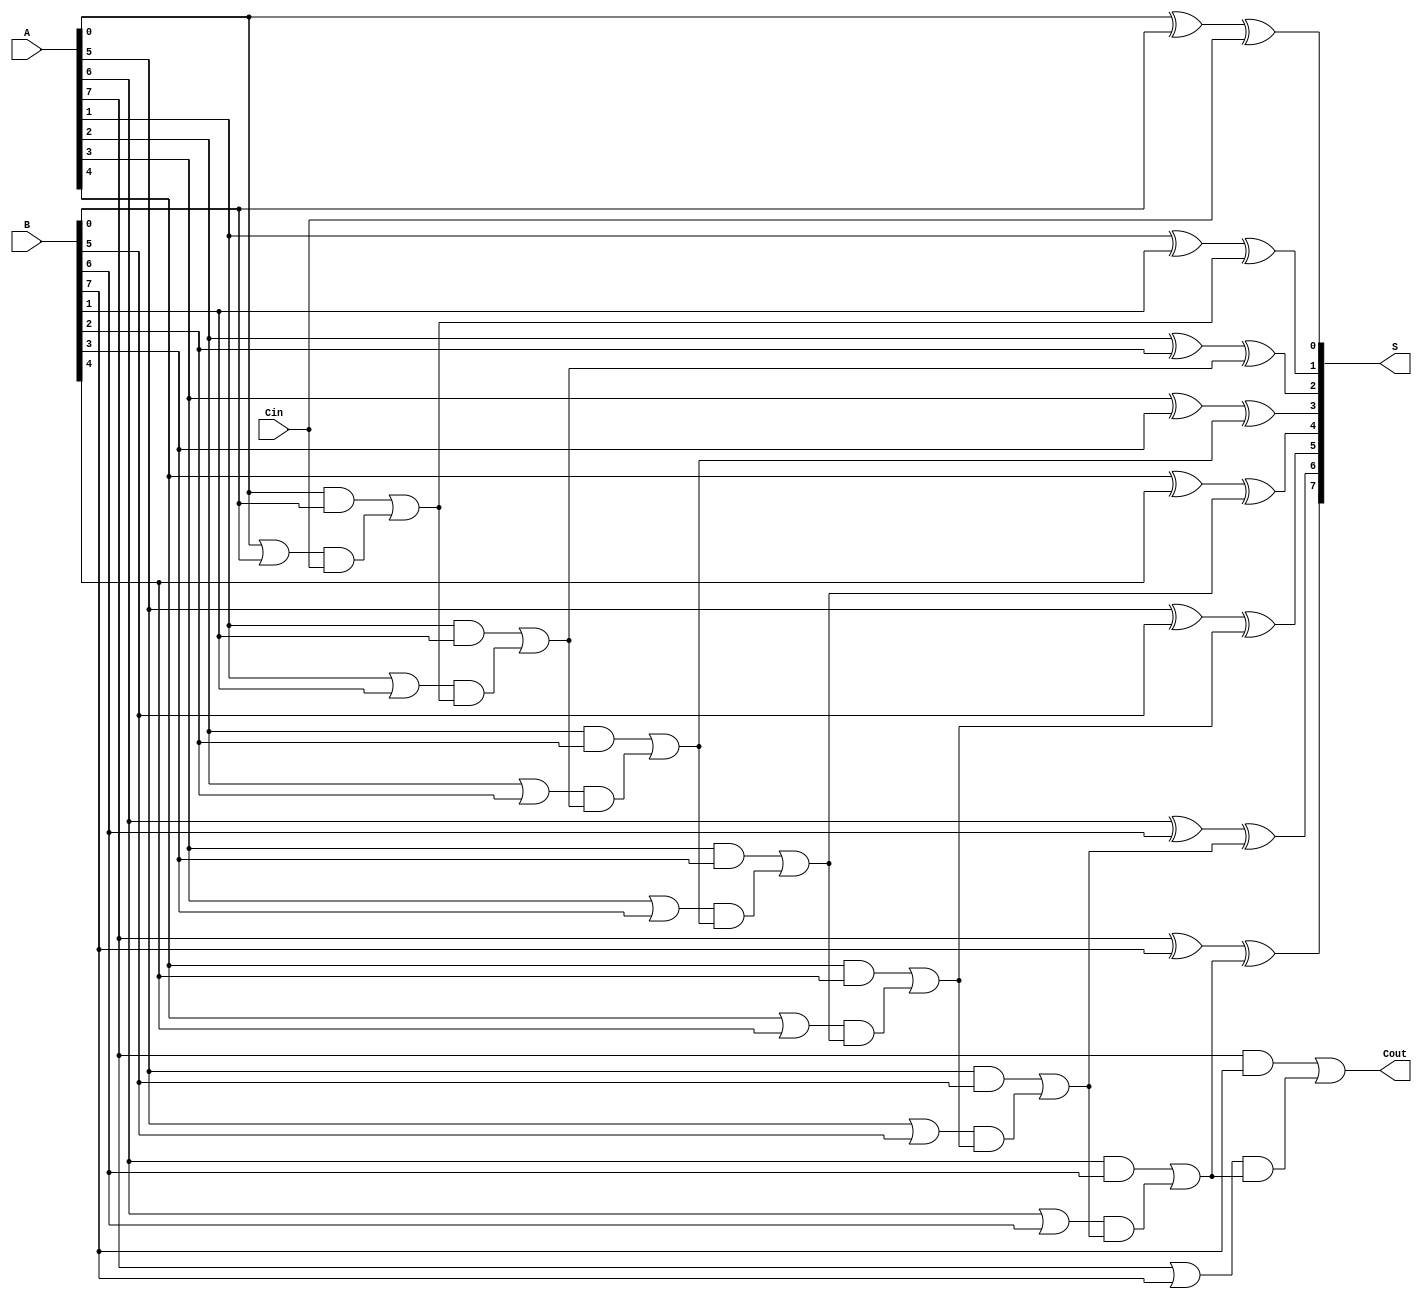
module Ling_Adder #(parameter n = 8) (
    input [n-1:0] A,        // First binary number
    input [n-1:0] B,        // Second binary number
    input Cin,              // Input carry
    output [n-1:0] S,       // Sum output
    output Cout             // Carry output
);

    // Carry, Generate, and Propagate signals
    wire [n:0] C;           // Carry signals
    wire [n-1:0] G;         // Generate signals
    wire [n-1:0] P;         // Propagate signals

    // Assign the first carry from the input carry
    assign C[0] = Cin;

    // Generate and Propagate signals
    genvar i;
    generate
        for (i = 0; i < n; i = i + 1) begin : gen_prop
            assign G[i] = A[i] & B[i];                 // Generate
            assign P[i] = A[i] | B[i];                 // Propagate
        end
    endgenerate

    // Carry calculation using lookahead logic
    generate
        for (i = 1; i <= n; i = i + 1) begin : carry_logic
            assign C[i] = G[i-1] | (P[i-1] & C[i-1]); // Carry
        end
    endgenerate

    // Sum calculation
    generate
        for (i = 0; i < n; i = i + 1) begin : sum_logic
            assign S[i] = A[i] ^ B[i] ^ C[i];         // Sum
        end
    endgenerate

    // Final carry output
    assign Cout = C[n]; // Last carry output

endmodule